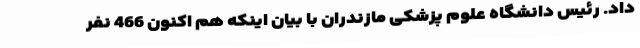
داد. رئیس دانشگاه علوم پزشکی مازندران با بیان اینکه هم اکنون 466 نفر